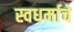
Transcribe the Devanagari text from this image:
स्वधर्माचे